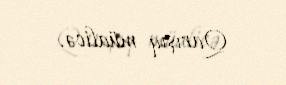
Qarışıq müalicə.